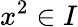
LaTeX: x^{2}\in I